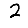
Digit: 2